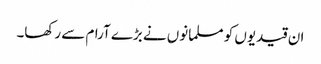
ان قیدیوں کو مسلمانوں نے بڑے آرام سے رکھا۔